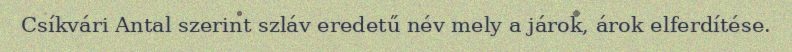
Csíkvári Antal szerint szláv eredetű név mely a járok, árok elferdítése.